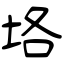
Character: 垎